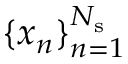
\{ x _ { n } \} _ { n = 1 } ^ { N _ { \mathrm { s } } }